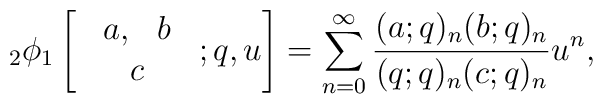
{_2}\phi_1\left[      \begin{array}{c}        \begin{array}{cc}          a, & b        \end{array}\\       c      \end{array};q, u      \right]=\sum_{n=0}^\infty\frac{(a;q)_n(b;q)_n}{(q;q)_n(c;q)_n}u^n,